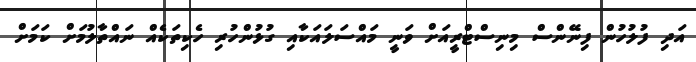
އަދި ފުލުހުން ފިނޭންސް މިނިސްޓްރީއަށް ވަނީ މައްސަލައަކާއި ގުޅުންހުރި ހެކިތަކެއް ނައްތާލުމަށް ކަމަށް